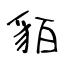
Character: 貊